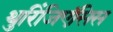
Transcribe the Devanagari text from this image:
थुरिंजिएंसिस